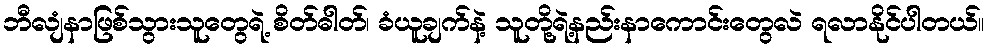
ဘီလျံနာဖြစ်သွားသူတွေရဲ့ စိတ်ဓါတ်၊ ခံယူချက်နဲ့ သူတို့ရဲ့နည်းနာကောင်းတွေလဲ ရလာနိုင်ပါတယ်။